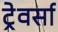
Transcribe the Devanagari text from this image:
ट्रेवर्सा